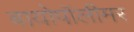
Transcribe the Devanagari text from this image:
बायोपॉलीमर